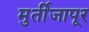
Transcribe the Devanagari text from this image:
मुर्तीजापूर